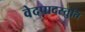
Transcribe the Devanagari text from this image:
वेदपादस्तुति